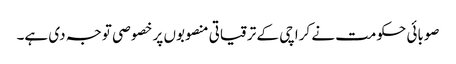
صوبائی حکومت نے کراچی کے ترقیاتی منصوبوں پر خصو صی توجہ دی ہے۔